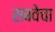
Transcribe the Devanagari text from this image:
सबवेचा